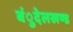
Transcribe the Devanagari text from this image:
बंुदेलखण्ड